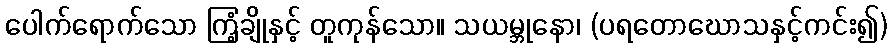
ပေါက်ရောက်သော ကြံ့ချိုနှင့် တူကုန်သော။ သယမ္ဘုနော၊ (ပရတောဃောသနှင့်ကင်း၍)